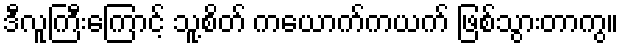
ဒီလူကြီးကြောင့် သူ့စိတ် ကယောက်ကယက် ဖြစ်သွားတာကွ။